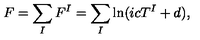
F = \sum _ { I } F ^ { I } = \sum _ { I } \ln ( i c T ^ { I } + d ) ,